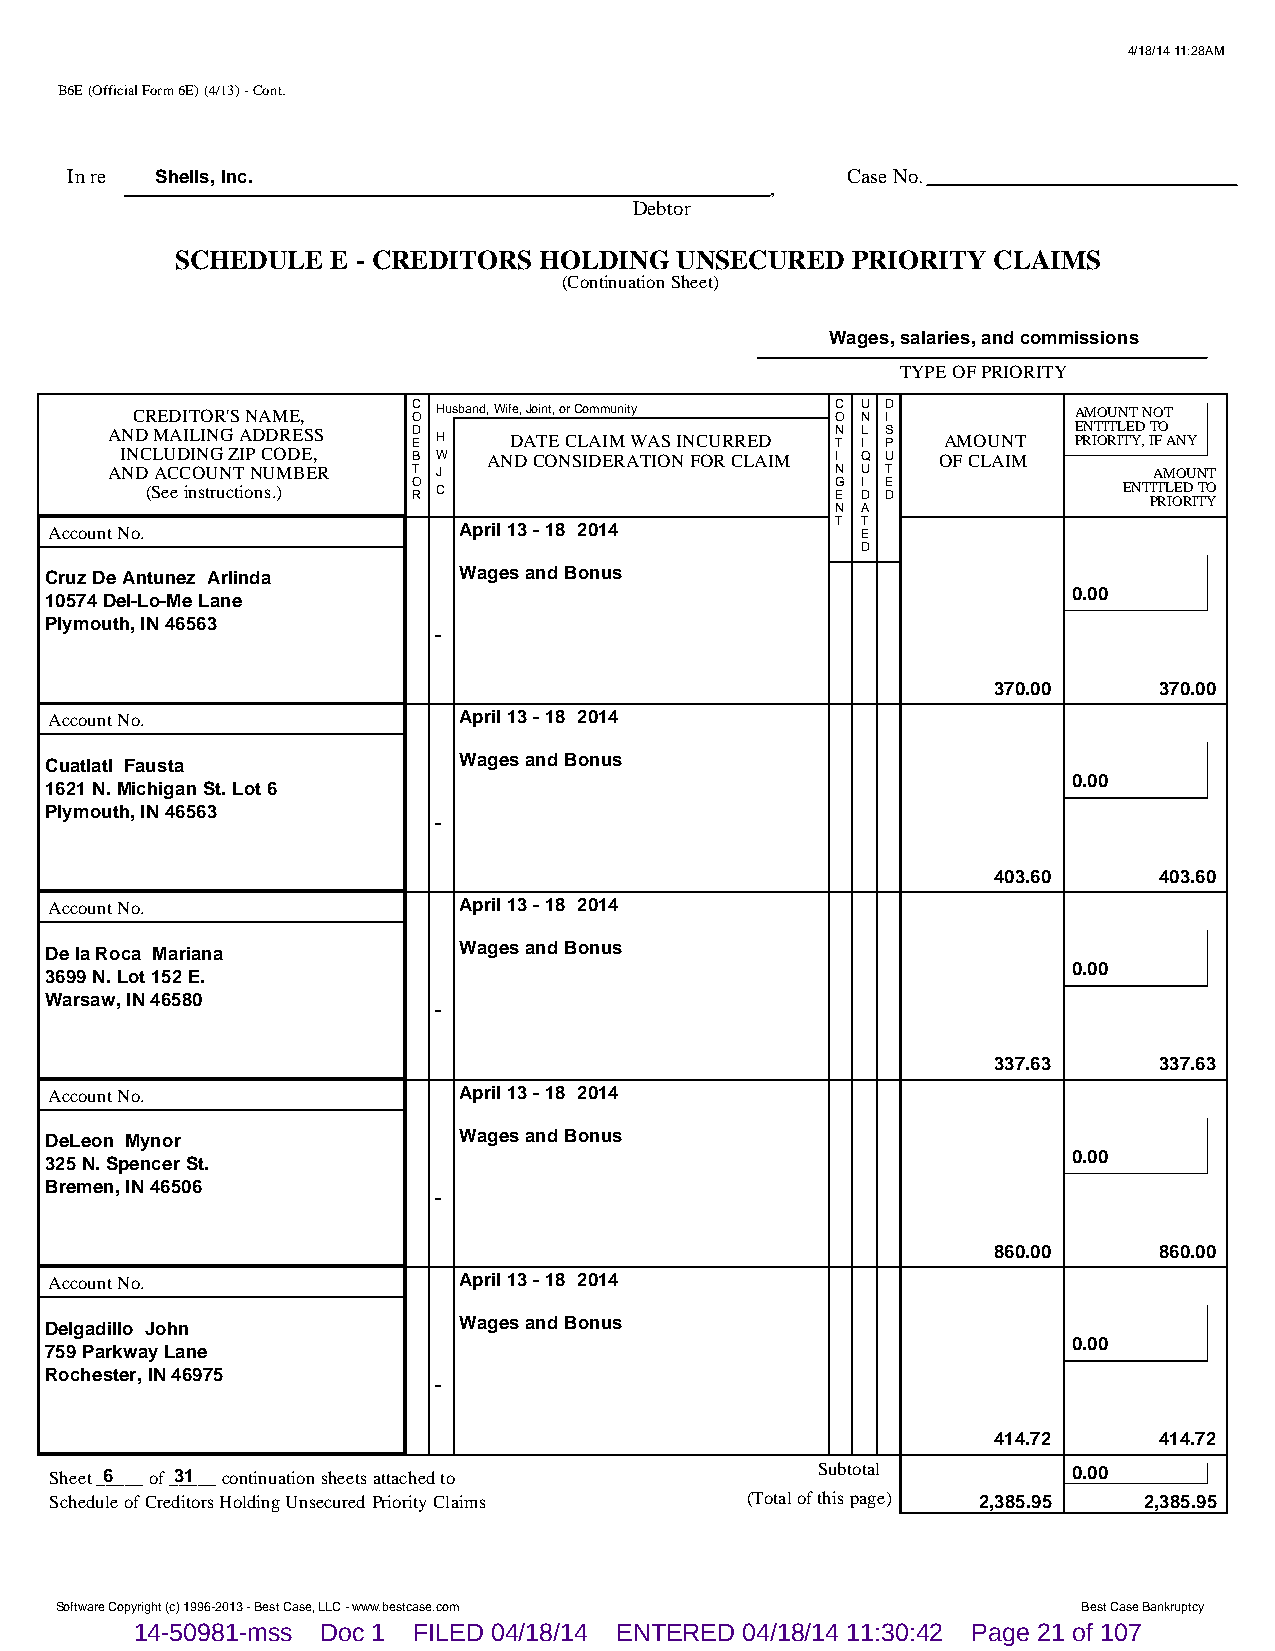
4/18/14 11:28AM
 B6E (Official Form 6E) (4/13) - Cont.
 In re Shells, Inc.                                  Case No.
 ,
 Debtor
 SCHEDULE  E - CREDITORS HOLDING  UNSECURED  PRIORITY  CLAIMS
 (Continuation Sheet)
 Wages, salaries, and commissions
 TYPE OF PRIORITY
 CREDITOR'S NAME,  C O Husband, Wife, Joint, or Community C O U N D I AMOUNT NOT
 AND MAILING ADDRESS D E H  DATE CLAIM WAS INCURRED N T L I S P AMOUNT E PRN IT OI RT IL TE YD , IT FO ANY
 INCLUDING ZIP CODE, B W AND CONSIDERATION FOR CLAIM I Q U OF CLAIM
 AND ACCOUNT NUMBER  T J                         N U T                AMOUNT
 (See instructions.) O R C                    G E I D E D        ENT PIT RL IOE RD I TT YO
 N A
 Account No.                April 13 - 18 2014       T T E
 D
 Cruz De Antunez Arlinda    Wages and Bonus
 0.00
 10574 Del-Lo-Me Lane
 Plymouth, IN 46563
 -
 370.00     370.00
 Account No.                April 13 - 18 2014
 Cuatlatl Fausta            Wages and Bonus
 0.00
 1621 N. Michigan St. Lot 6
 Plymouth, IN 46563
 -
 403.60     403.60
 Account No.                April 13 - 18 2014
 De la Roca Mariana         Wages and Bonus
 0.00
 3699 N. Lot 152 E.
 Warsaw, IN 46580
 -
 337.63     337.63
 Account No.                April 13 - 18 2014
 DeLeon Mynor               Wages and Bonus
 0.00
 325 N. Spencer St.
 Bremen, IN 46506
 -
 860.00     860.00
 Account No.                April 13 - 18 2014
 Delgadillo John            Wages and Bonus
 0.00
 759 Parkway Lane
 Rochester, IN 46975
 -
 414.72     414.72
 Sheet _6____ of _3_1___ continuation sheets attached to Subtotal    0.00
 Schedule of Creditors Holding Unsecured Priority Claims (Total of this page) 2,385.95 2,385.95
 Software Copyright (c) 1996-2013 - Best Case, LLC - www.bestcase.com Best Case Bankruptcy
 14-50981-mss Doc 1 FILED 04/18/14 ENTERED 04/18/14 11:30:42 Page 21 of 107